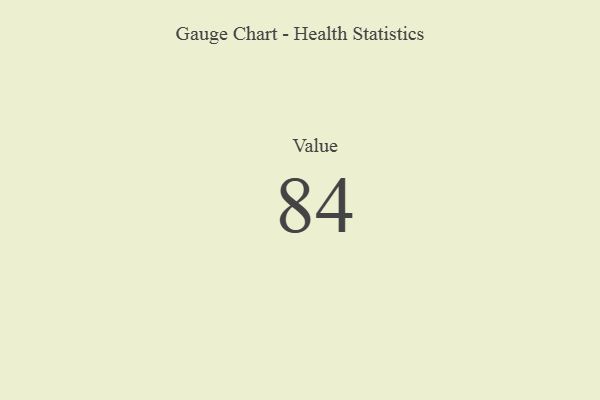
{"axis": {"x": "Metric", "y": "Value"}, "legend": [""], "data": [{"x": "Value", "y": 84, "type": ""}]}